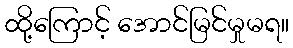
ထို့ကြောင့် အောင်မြင်မှုမရ။